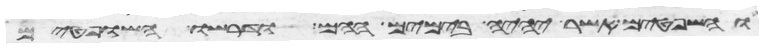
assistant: והשפטים אשר יהיה בימים ההם ודרשו השפטים